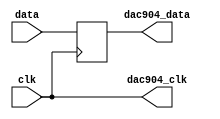
module DAC904 (input clk,
					input [13:0] data,
					output dac904_clk,
					output reg [13:0] dac904_data
					);
	
	always @(negedge clk) begin		
		dac904_data <= data;
	end
	
	assign dac904_clk = clk;
					
endmodule